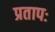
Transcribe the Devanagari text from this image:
प्रतापः